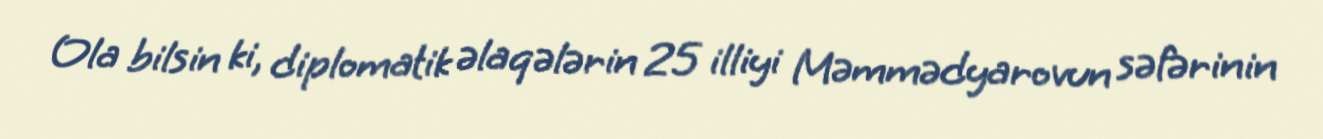
Ola bilsin ki, diplomatik əlaqələrin 25 illiyi Məmmədyarovun səfərinin